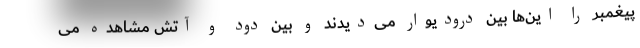
پیغمبر را این‌ها بین درودیوار می‌دیدند و بین دود و آتش مشاهده می‌